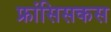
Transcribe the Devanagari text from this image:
फ्रांसिसकस